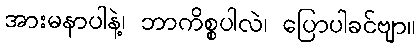
အားမနာပါနဲ့၊ ဘာကိစ္စပါလဲ၊ ပြောပါခင်ဗျာ။